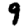
Digit: 9